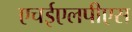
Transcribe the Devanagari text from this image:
एचईएलपीएस